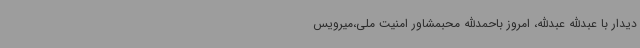
دیدار با عبدالله عبدالله، امروز باحمدالله محبمشاور امنیت ملی،میرویس